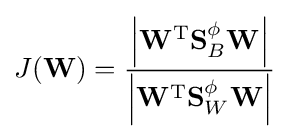
J(\mathbf {W} )={\frac {\left|\mathbf {W} ^{\text{T}}\mathbf {S} _{B}^{\phi }\mathbf {W} \right|}{\left|\mathbf {W} ^{\text{T}}\mathbf {S} _{W}^{\phi }\mathbf {W} \right|}}